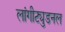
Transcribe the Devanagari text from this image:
लांगीट्युडनल